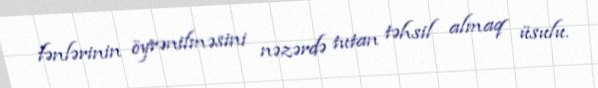
fənlərinin öyrənilməsini nəzərdə tutan təhsil almaq üsulu.